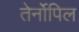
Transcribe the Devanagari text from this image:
तेर्नोपिल